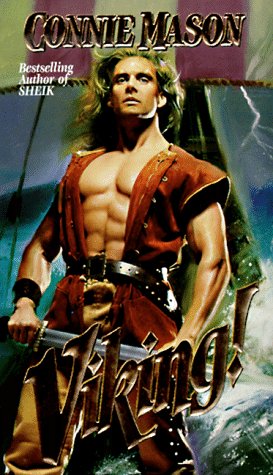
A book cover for Viking!; Connie Mason; Romance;